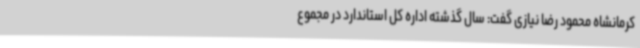
کرمانشاه محمود رضا نیازی گفت: سال گذشته اداره کل استاندارد در مجموع